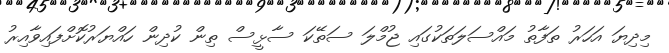
މިދިޔަ އަހަރު ތަފާތު މައްސަލަތަކުގައި ޖުމްލަ ސަތޭކަ ސާޅީސް ތިން ކުދިން ހައްޔަރުކޮށްފައިވާއިރު